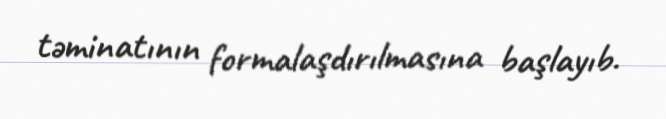
təminatının formalaşdırılmasına başlayıb.